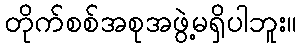
တိုက်စစ်အစုအဖွဲ့မရှိပါဘူး။